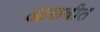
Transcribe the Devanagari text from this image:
आळवीत